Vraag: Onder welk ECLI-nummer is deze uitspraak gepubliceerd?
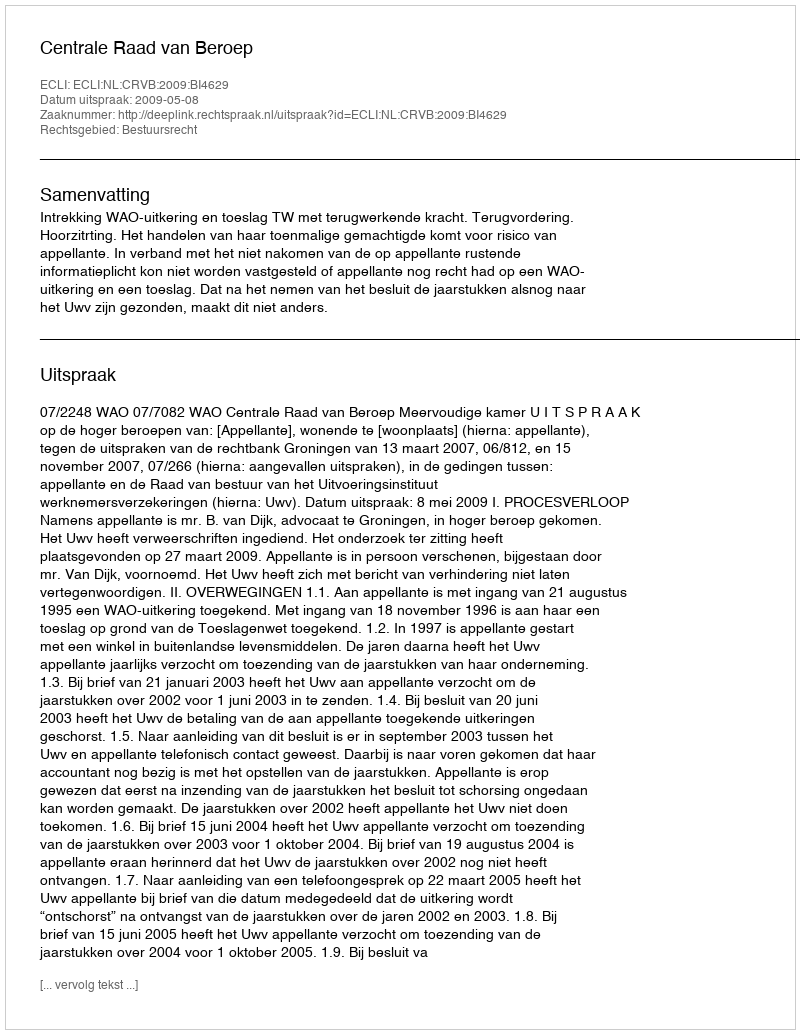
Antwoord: ECLI:NL:CRVB:2009:BI4629